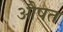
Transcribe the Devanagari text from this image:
औषत